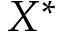
X ^ { \ast }